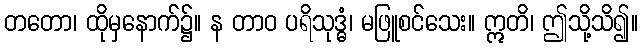
တတော၊ ထိုမှနောက်၌။ န တာဝ ပရိသုဒ္ဓံ၊ မဖြူစင်သေး။ ဣတိ၊ ဤသို့သိ၍။